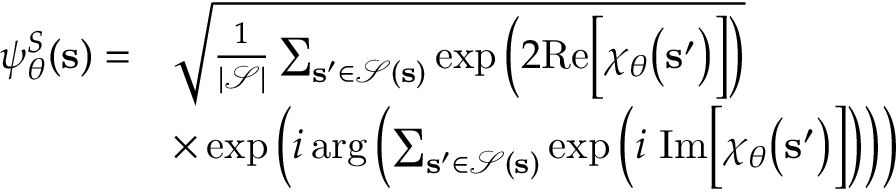
\begin{array} { r l } { \psi _ { \boldsymbol \theta } ^ { S } ( \mathbf { s } ) = } & { \sqrt { \frac { 1 } { | \mathcal { S } | } \sum _ { \mathbf { s ^ { \prime } } \in \mathcal { S } ( \mathbf { s } ) } \exp \Big ( 2 \mathrm { R e } \Big [ \chi _ { \boldsymbol \theta } \big ( \mathbf { s ^ { \prime } } \big ) \Big ] \Big ) } } \\ & { \times \exp \left( i \arg \left( \sum _ { \mathbf { s ^ { \prime } } \in \mathcal { S } ( \mathbf { s } ) } \exp \left( i \ \mathrm { I m } \Big [ \chi _ { \boldsymbol \theta } \big ( \mathbf { s ^ { \prime } } \big ) \Big ] \right) \right) \right) } \end{array}